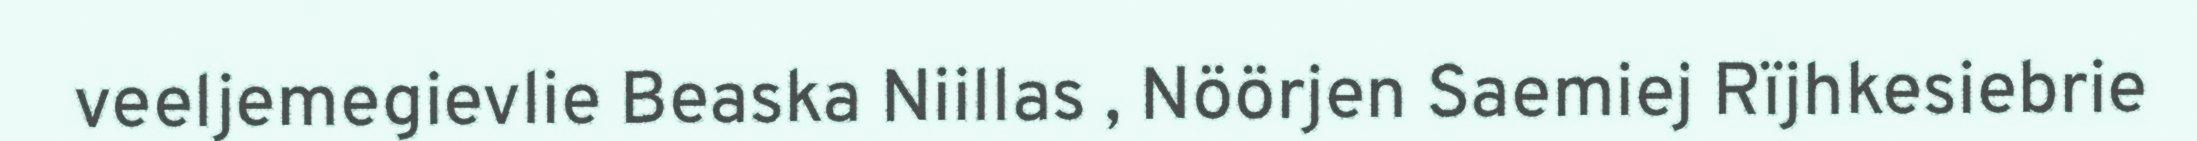
veeljemegievlie Beaska Niillas , Nöörjen Saemiej Rïjhkesiebrie